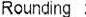
ROUNDING :